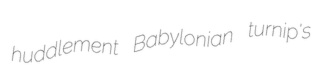
huddlement Babylonian turnip's